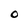
Character: O